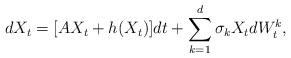
LaTeX: \begin{align*}dX_t=[AX_t+h(X_t)]dt+\sum_{k=1}^{d}\sigma_kX_tdW_t^k,\end{align*}